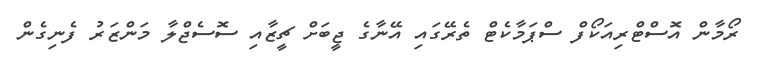
ރޯމާން އޮސްޓްރިއަކޯފް ސްޕަމާކެޓް ތެރޭގައި އޭނާގެ ޖީބަށް ޗީޒާއި ސޮސެޖްލާ މަންޒަރު ފެނިގެން